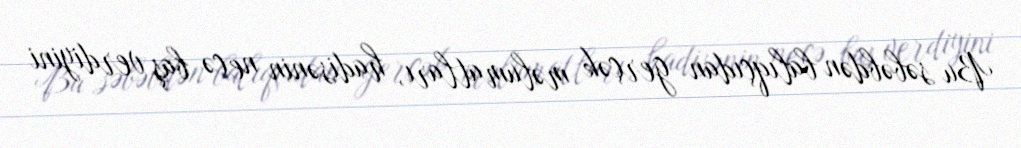
Bu səbəbdən balıqçıdan gerçək məlumatları, hadisənin necə baş verdiyini